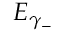
E _ { \gamma _ { - } }